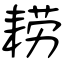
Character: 耢